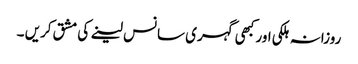
روزانہ ہلکی اور کبھی گہری سانس لینے کی مشق کریں ۔